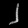
Digit: ၂